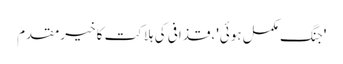
'جنگ مکمل ہوئی'، قذافی کی ہلاکت کا خیرمقدم